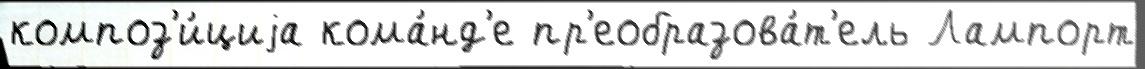
композ'и́циjа кома́нд'е пр'еобразова́т'ель Лампорт